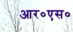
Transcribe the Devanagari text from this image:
आर०एस०